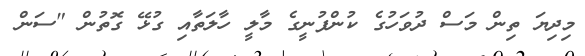
މިދިޔަ ތިން މަސް ދުވަހުގެ ކުންފުނީގެ މާލީ ހާލަތާއި ގުޅޭ ގޮތުން "ސަން